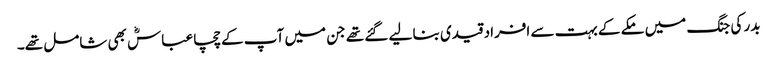
بدر کی جنگ میں مکے کے بہت سے افراد قیدی بنا لیے گئے تھے جن میں آپ کے چچا عباسؓ بھی شامل تھے۔